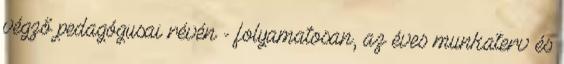
végző pedagógusai révén - folyamatosan, az éves munkaterv és